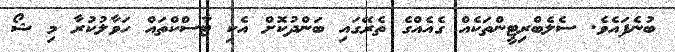
ބުނެފައެވެ. ސެލެބްރިޓީންތަކެއް ގެއެއްގެ ތެރޭގައި ބަންދުކޮށް އެކި ޓާސްކްތައް ހަވާލުކުރާ މި ޝޯ